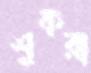
শুকরা